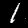
Label: 1